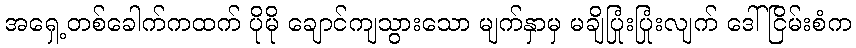
အရှေ့တစ်ခေါက်ကထက် ပိုမို ချောင်ကျသွားသော မျက်နှာမှ မချိပြုံးပြုံးလျက် ဒေါ်ငြိမ်းစံက